Account of plague administration in the Bombay Presidency from September 1896 till May 1897
Year: 1896
Disease focus: Plague
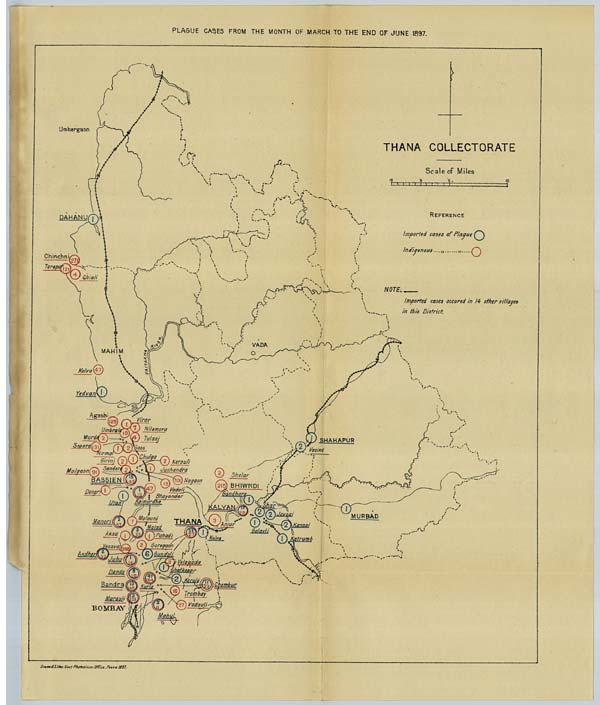
PLAGUE CASES FROM THE MONTH OF MARCH TO THE END OF JUNE 1897.
Drawn & Litho: Govt. Photozinco: Office, Poona 1897.